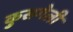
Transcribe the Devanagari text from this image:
कुसगेली